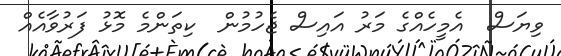
ވިޔަސް  އެމީހެއްްްގެ މަރު އައިސް ޖެހުމުން  ކިތަންމެ މޮޅު ފަރުވާއެއް